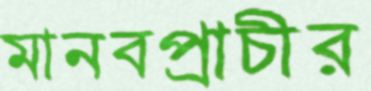
মানবপ্রাচীর